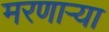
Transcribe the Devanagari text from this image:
मरणार्‍या